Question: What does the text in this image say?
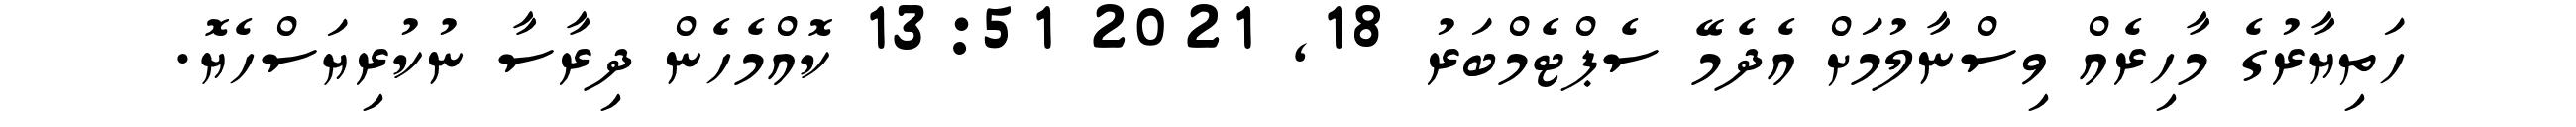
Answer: ހަތިޔާރުގެ މާހިރެއް ވިސްނާލުމަށް އެދެމޭ ސެޕްޓެމްބަރު 18, 2021 13:51 ކޮއްމެހެން ދިރާސާ ނުކުރިޔަސްހެޔޮ.